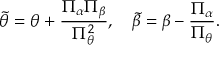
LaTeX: \tilde { \theta } = \theta + { \frac { \Pi _ { \alpha } \Pi _ { \beta } } { \Pi _ { \theta } ^ { 2 } } } , ~ ~ ~ \tilde { \beta } = \beta - { \frac { \Pi _ { \alpha } } { \Pi _ { \theta } } } .